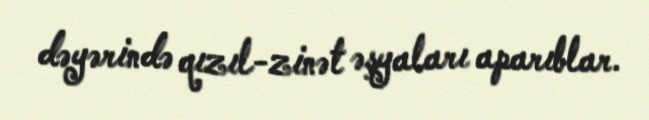
dəyərində qızıl-zinət əşyaları aparıblar.